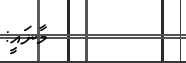
މާނައީ: